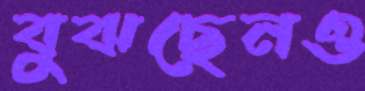
বুঝছেনও